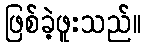
ဖြစ်ခဲ့ဖူးသည်။